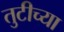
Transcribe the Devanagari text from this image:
तुटीच्या